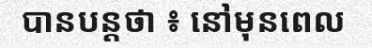
បានបន្តថា ៖ នៅមុនពេល